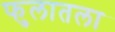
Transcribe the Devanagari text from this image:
फुलातला